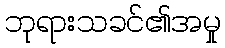
ဘုရားသခင်၏အမှု